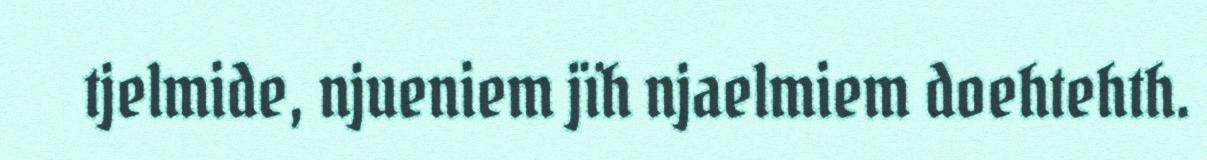
tjelmide, njueniem jïh njaelmiem doehtehth.